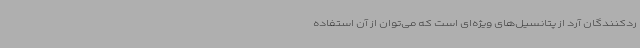
ردکنندگان آرد از پتانسیل‌های ویژه‌ای است که می‌توان از آن استفاده